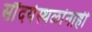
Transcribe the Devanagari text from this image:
सौंदर्यस्थळांनाही